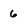
Character: 6